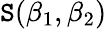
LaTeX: \mathtt{S}(\beta_{1},\beta_{2})